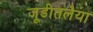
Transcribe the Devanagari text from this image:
जूडीतलैया